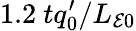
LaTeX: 1.2~tq_{0}^{\prime}/L_{\mathcal{E}0}